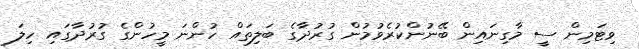
ވިޓަމިން ސީ މާގިނައިން ބޭނުންކުރެވުމުން ގުރުދާގެ ބަލިތައް ހުންނަ މީހުންގެ ގުރުދާގައި ހިލަ